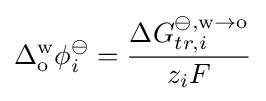
\Delta _{\text{o}}^{\text{w}}\phi _{i}^{\ominus }={\frac {\Delta G_{tr,i}^{\ominus ,{\text{w}}\rightarrow {\text{o}}}}{z_{i}F}}